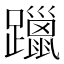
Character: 躐